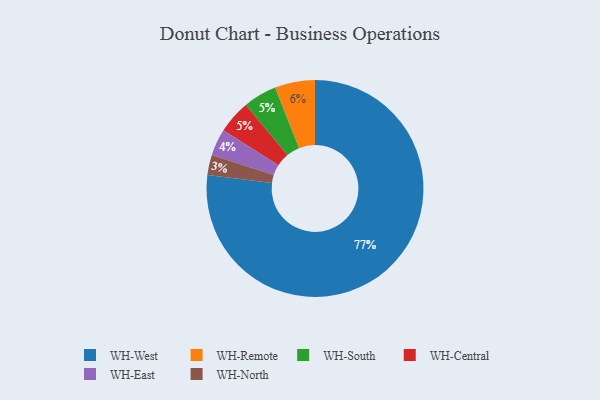
{"axis": {"x": "Category", "y": "Percentage"}, "legend": ["WH-Central", "WH-East", "WH-North", "WH-Remote", "WH-South", "WH-West"], "data": [{"x": "WH-South", "y": 5, "type": "WH-South"}, {"x": "WH-Remote", "y": 6, "type": "WH-Remote"}, {"x": "WH-North", "y": 3, "type": "WH-North"}, {"x": "WH-West", "y": 77, "type": "WH-West"}, {"x": "WH-East", "y": 4, "type": "WH-East"}, {"x": "WH-Central", "y": 5, "type": "WH-Central"}]}